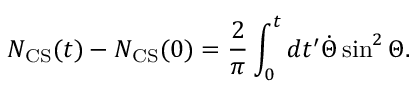
N _ { \mathrm { C S } } ( t ) - N _ { \mathrm { C S } } ( 0 ) = \frac { 2 } { \pi } \int _ { 0 } ^ { t } d t ^ { \prime } \dot { \Theta } \sin ^ { 2 } \Theta .